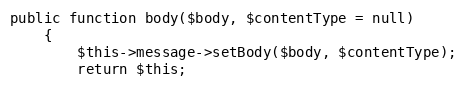
Language: PHP
public function body($body, $contentType = null)
    {
        $this->message->setBody($body, $contentType);
        return $this;